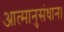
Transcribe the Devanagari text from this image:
आत्मानुसंधान।